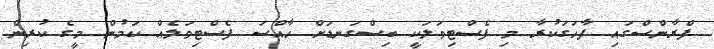
ފްރާންސްގައި ފާހަގަކުރާ މި ފެސްޓިވަލަކީ ބިސްގަނޑަށް ހާއްސަ ފެސްޓިވަލެއް ކަމުން މީގެ ކުރިން